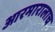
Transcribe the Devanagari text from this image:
आरमारालाच